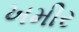
ખમીર